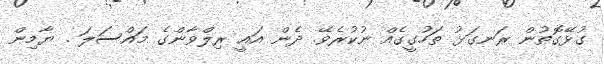
ގުޅޭގޮތުން ރަނގަޅު ތަހުގީގެއް ނުކުރެވޭ. ދެން އައީ ރިލްވާންގެ މައްސަލަ . ޔާމިން